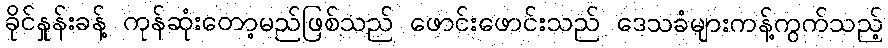
ခိုင်နှုန်းခန့် ကုန်ဆုံးတော့မည်ဖြစ်သည် ဖောင်းဖောင်းသည် ဒေသခံများကန့်ကွက်သည့်